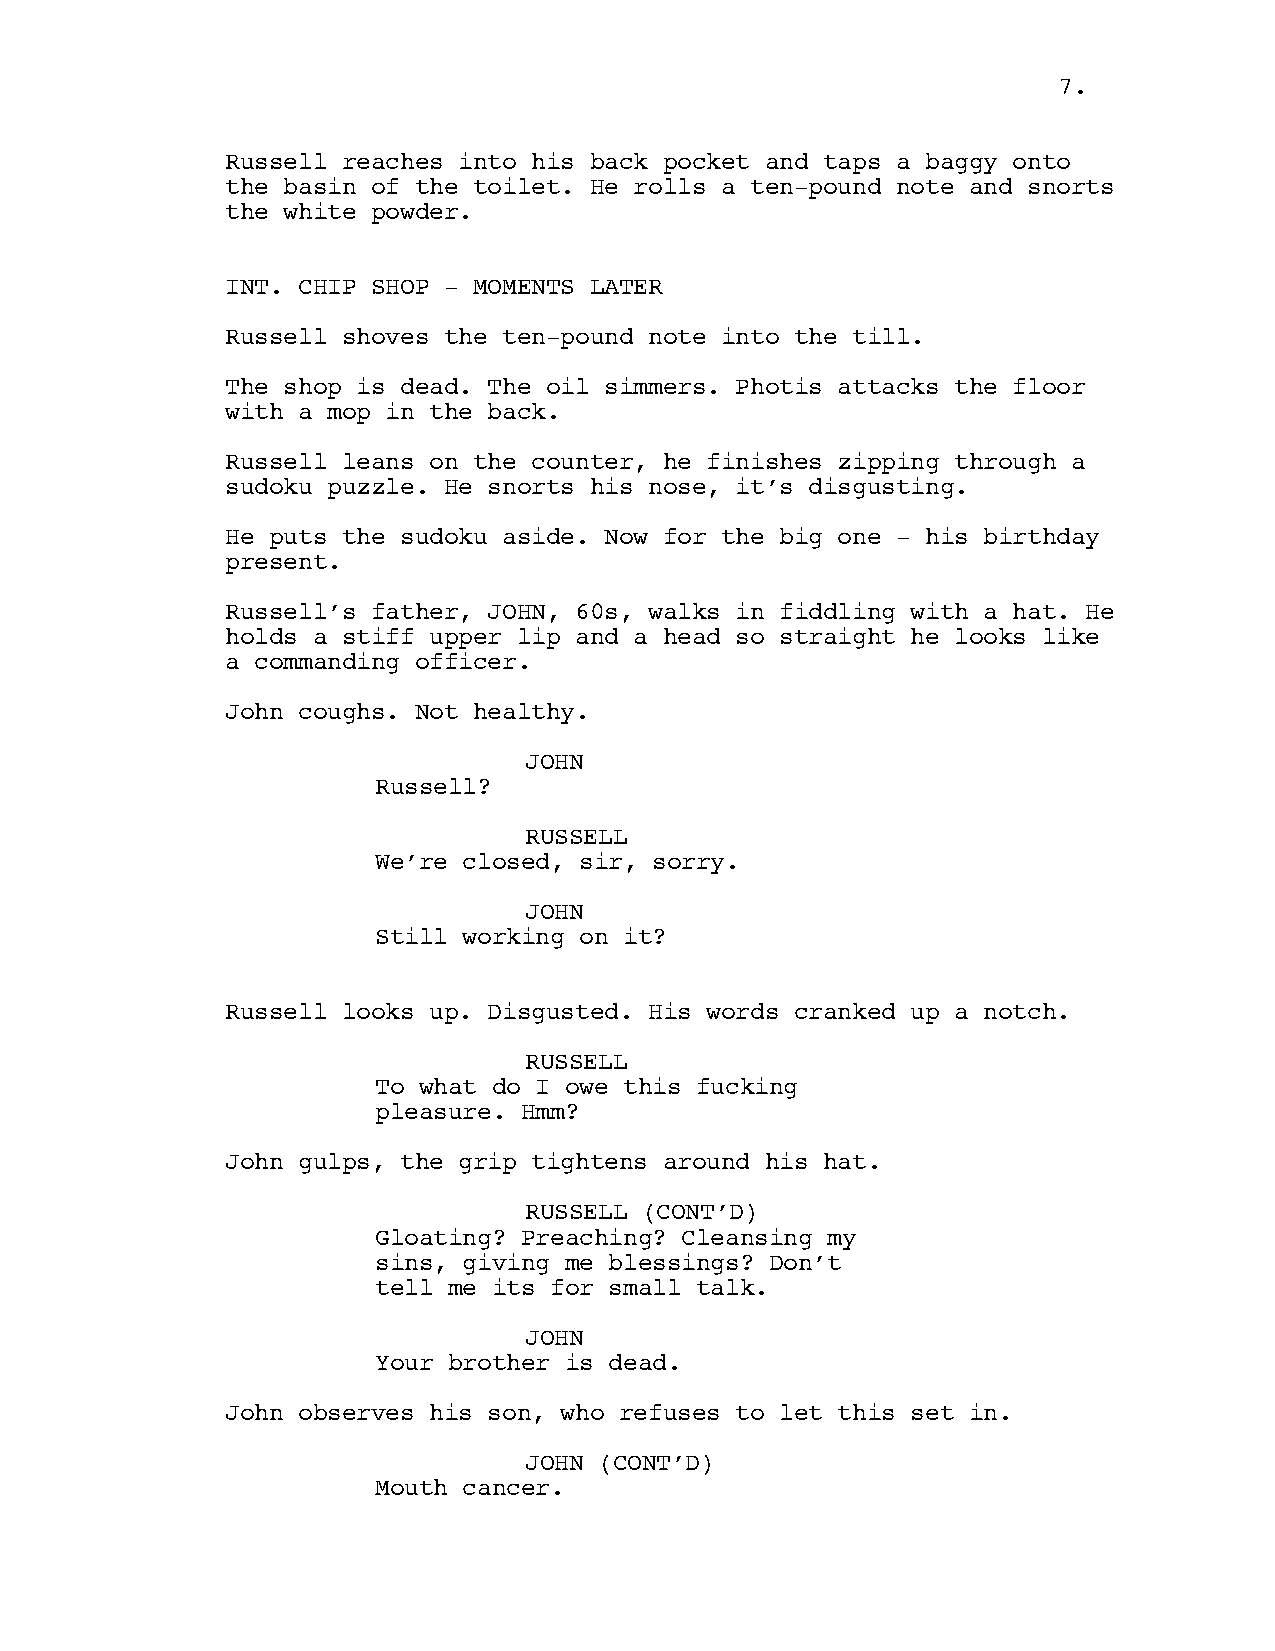
7.
 Russell reaches into his back pocket and taps a baggy onto
 the basin of the toilet. He rolls a ten-pound note and snorts
 the white powder.
 INT. CHIP SHOP - MOMENTS LATER
 Russell shoves the ten-pound note into the till.
 The shop is dead. The oil simmers. Photis attacks the floor
 with a mop in the back.
 Russell leans on the counter, he finishes zipping through a
 sudoku puzzle. He snorts his nose, it’s disgusting.
 He puts the sudoku aside. Now for the big one - his birthday
 present.
 Russell’s father, JOHN, 60s, walks in fiddling with a hat. He
 holds a stiff upper lip and a head so straight he looks like
 a commanding officer.
 John coughs. Not healthy.
 JOHN
 Russell?
 RUSSELL
 We’re closed, sir, sorry.
 JOHN
 Still working on it?
 Russell looks up. Disgusted. His words cranked up a notch.
 RUSSELL
 To what do I owe this fucking
 pleasure. Hmm?
 John gulps, the grip tightens around his hat.
 RUSSELL (CONT’D)
 Gloating? Preaching? Cleansing my
 sins, giving me blessings? Don’t
 tell me its for small talk.
 JOHN
 Your brother is dead.
 John observes his son, who refuses to let this set in.
 JOHN (CONT’D)
 Mouth cancer.